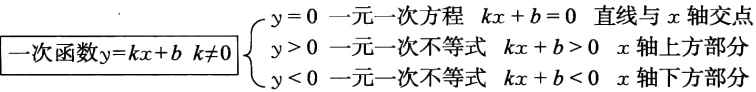
一次函数\(y = kx + b\ k\neq0\begin{cases}y = 0 & 一元一次方程\ kx + b = 0 & 直线与x轴交点\\y > 0 & 一元一次不等式\ kx + b > 0 & x轴上方部分\\y < 0 & 一元一次不等式\ kx + b < 0 & x轴下方部分\end{cases}\)